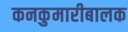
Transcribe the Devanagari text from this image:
कनकुमारीबालक